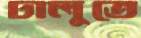
ঢালুতে